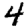
Digit: 4